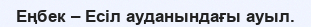
Еңбек – Есіл ауданындағы ауыл.